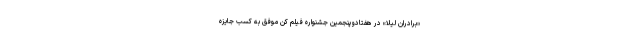
«برادران لیلا» در هفتادوپنجمین جشنواره فیلم کن موفق به کسب جایزه